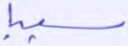
سببا